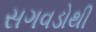
સગવડોથી